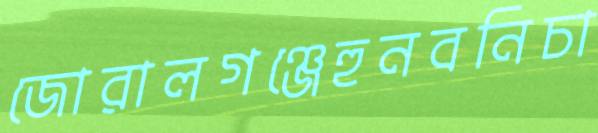
জোরালগঞ্জেহুনবনিচা